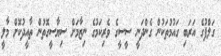
ގަލްފުގެ އަރަބި ގައުމުތަކުން ގެންދަނީ ސީސީގެ ވެރިކަމުގެ ނިޒާމަށް ސިޔާސީގޮތުން ތާއީދުކޮށް މާލީ